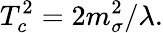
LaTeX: T_{c}^{2}=2m_{\sigma}^{2}/\lambda.